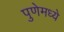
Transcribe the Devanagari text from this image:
पुणेमध्ये